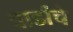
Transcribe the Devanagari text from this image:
वाडांचे